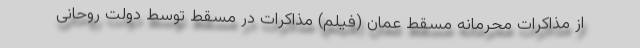
از مذاکرات محرمانه مسقط عمان (فیلم) مذاکرات در مسقط توسط دولت روحانی